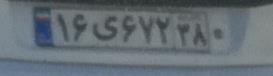
۱۶ی۶۷۲۳۸